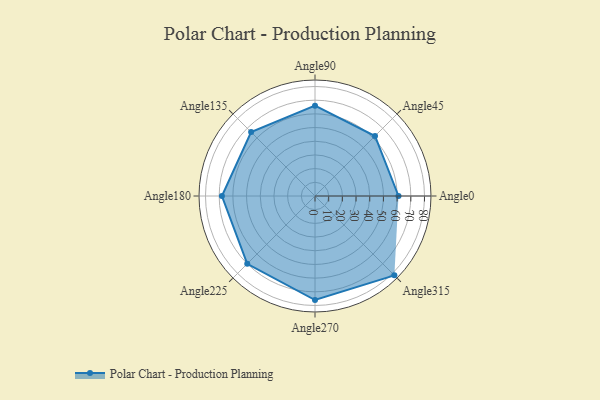
{"axis": {"x": "Angle", "y": "Radius"}, "legend": [""], "data": [{"x": "Angle0", "y": 61.0, "type": ""}, {"x": "Angle45", "y": 62.0, "type": ""}, {"x": "Angle90", "y": 66.0, "type": ""}, {"x": "Angle135", "y": 66.0, "type": ""}, {"x": "Angle180", "y": 68.0, "type": ""}, {"x": "Angle225", "y": 70.0, "type": ""}, {"x": "Angle270", "y": 76.0, "type": ""}, {"x": "Angle315", "y": 82.0, "type": ""}]}